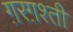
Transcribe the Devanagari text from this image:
ग़रग़श्ती